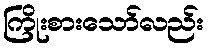
ကြိုးစားသော်လည်း